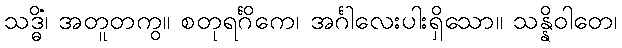
သဒ္ဓိံ၊ အတူတကွ။ စတုရင်္ဂိကေ၊ အင်္ဂါလေးပါးရှိသော။ သန္နိဝါတေ၊